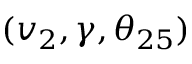
( v _ { 2 } , \gamma , \theta _ { 2 5 } )